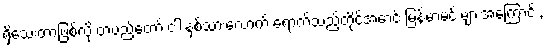
ရှိသေးတာဖြစ်လို့ တပည့်တော် ငါးနှစ်သားလောက် ရောက်သည့်တိုင်အောင် မြန်မာမင်းများအကြောင်း,